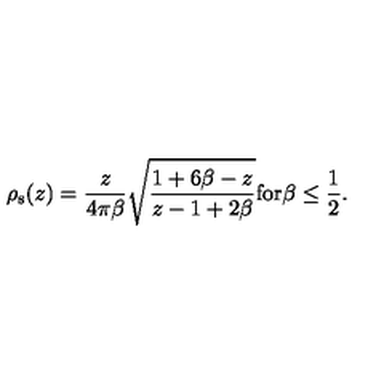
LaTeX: \rho _ { \mathrm { s } } ( z ) = { \frac { z } { 4 \pi \beta } } \sqrt { { \frac { 1 + 6 \beta - z } { z - 1 + 2 \beta } } } \mathrm { f o r } \beta \leq { \frac { 1 } { 2 } } .